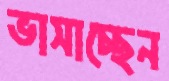
ভাসাচ্ছেন